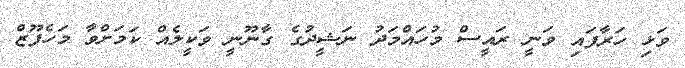
ވަޅި ހަރާފައި ވަނީ ރައީސް މުހައްމަދު ނަޝީދުގެ ގާނޫނީ ވަކީލެއް ކަމަށްވާ މަހެފޫޒް